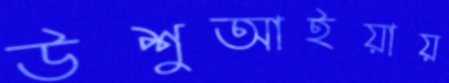
উশুআইয়ায়